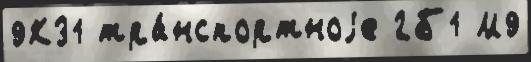
9К31 тра́нспортноjе 2Б1 М9